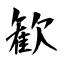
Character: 歓